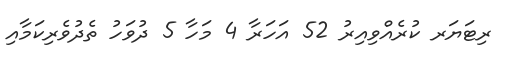
ރިޓަޔަރ ކުރެއްވިއިރު 52 އަހަރާ 4 މަހާ 5 ދުވަހު ތެދުވެރިކަމާއި